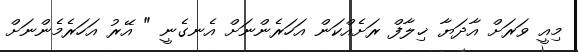
މިއީ ވަރަށް އާދަޔާ ޚިލާފް ރަށެއްކަން އަހަރެންނަށް އެނގެނީ " އޭރު އަހަރެމެންނަށް